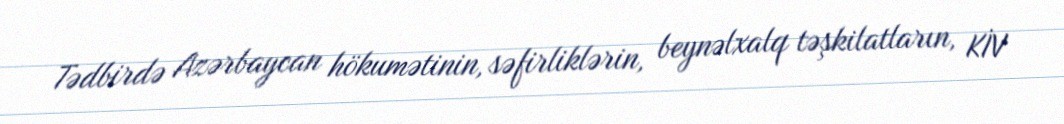
Tədbirdə Azərbaycan hökumətinin, səfirliklərin, beynəlxalq təşkilatların, KİV